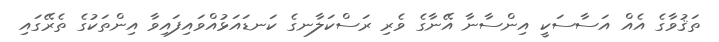
ތަޤުވާގެ އެއް އަސާސަކީ އިންސާނާ އޭނާގެ ވެރި ރަސްކަލާނގެ ކަނޑައަޅުއްވައިފައިވާ އިންތަކުގެ ތެރޭގައި